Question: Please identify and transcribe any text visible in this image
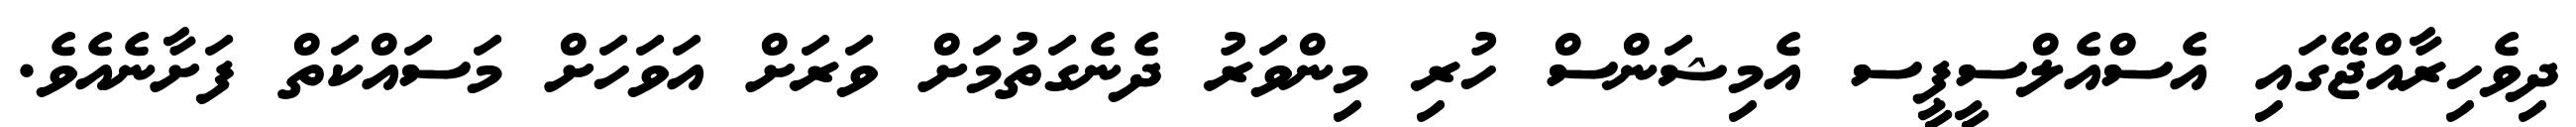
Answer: ދިވެހިރާއްޖޭގައި އެސްއެލްސީޕީސ އެމިޝަންސް ހުރި މިންވަރު ދެނެގަތުމަށް ވަރަށް އަވަހަށް މަސައްކަތް ފަށާނެއެވެ.